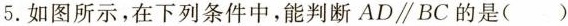
5.如图所示，在下列条件中，能判断$$A D \parallel B C$$的是 ( )